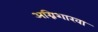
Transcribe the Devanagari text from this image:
अग्निशाखा